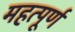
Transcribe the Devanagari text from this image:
महत्‍पूर्ण